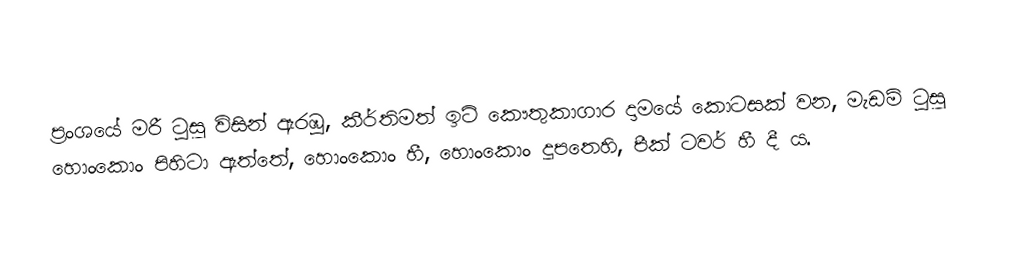
ප්‍රංශයේ මරී ටුසූ විසින් ඇරඹූ, කීර්තිමත් ඉටි කෞතුකාගාර දාමයේ කොටසක් වන, මැඩම් ටුසූ හොංකොං පිහිටා ඇත්තේ, හොංකොං හී, හොංකොං දූපතෙහි, පීක් ටවර් හී දී ය.